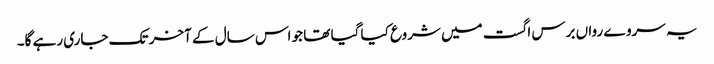
یہ سروے رواں برس اگست میں شروع کیا گیا تھا جو اس سال کے آخر تک جاری رہے گا۔